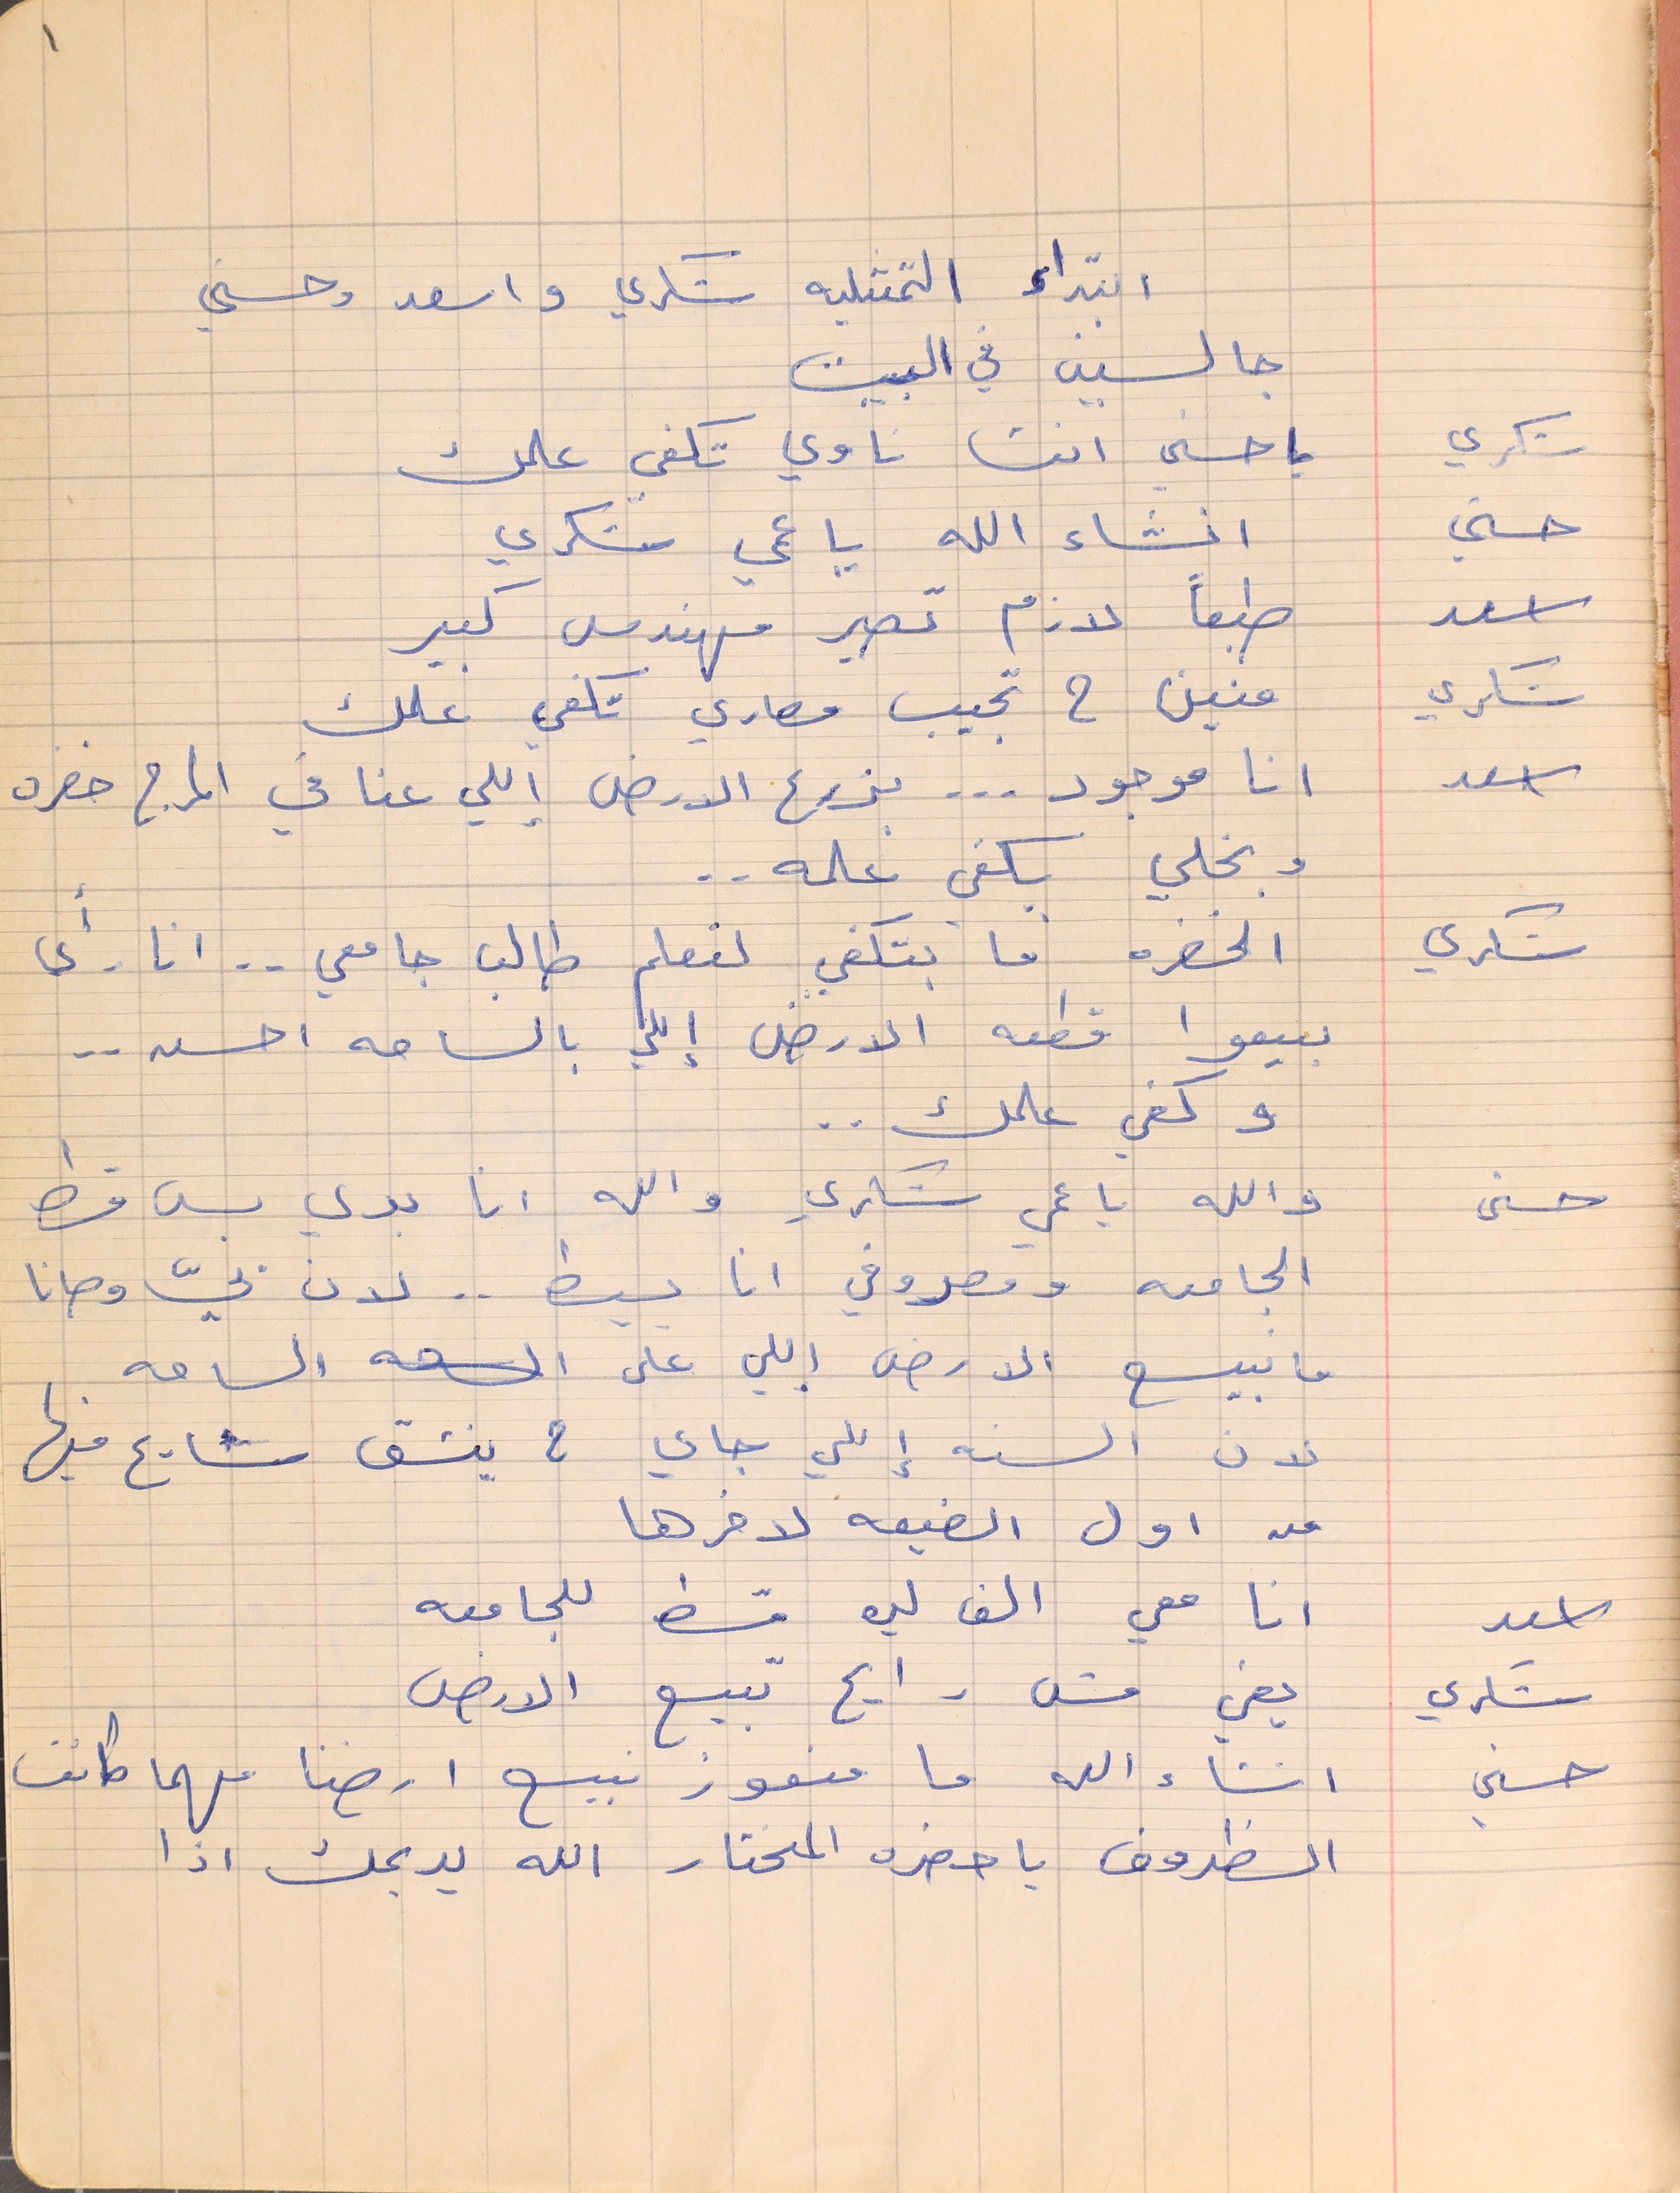
ابتداء التمثىليه شكري واسعد وحسني
جالسين في البيت
شكري      يا حسني انت ناوي تكفي علمك
حسني        انشاء الله يا عمي شكري
اسعد     طبعًا لازم تصير مهندس كبير
شكري    منين ح تجيب مصاري تكفي علمك
اسعد      انا موجود ... بذرع الارض إللي عنا في المرج خضره
شكري      الخضره ما بتكفي لتعلم طالب جامعي . . انا رأي
بيعوا قطعه الارض إللي بالساحه احسن . .
وكفي علمك . .
حسنى      والله يا عمي شكري والله انا بدي بس قسط
الجامعه ومصروفي انا بسيط . . لان بيّ وصانا
ما نبيع الارض إللي على الساحه
لان السنه إللي جاي ح ينشق شارع فيها
من اول الضيعه لاخرها
اسعد      انا معي الف ليره قسط للجامعه
شكري    يعني مش رايح تبيع الارض
حسني    انشاء الله ما منعوز نبيع ارضنا مهما كانت
الظروف يا حضره المختار الله يديمك اذا
1
وبخلي يكفي علمه . .